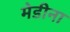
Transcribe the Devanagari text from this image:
मेडीना